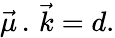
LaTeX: {\vec{\mu}}\, .\, {\vec{k}}=d.